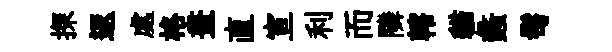
探返處格畫直宣利而隣轄貓蠡髩